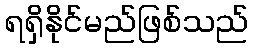
ရရှိနိုင်မည်ဖြစ်သည်